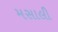
મસાલી